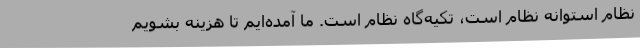
نظام استوانه نظام است، تکیه‌گاه نظام است. ما آمده‌ایم تا هزینه بشویم